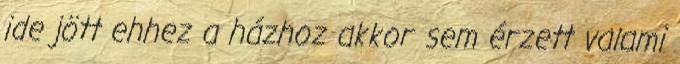
ide jött ehhez a házhoz akkor sem érzett valami